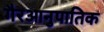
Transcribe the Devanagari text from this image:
गैरआनुपातिक